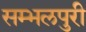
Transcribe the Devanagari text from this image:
सम्भलपुरी